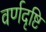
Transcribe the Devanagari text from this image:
वर्णदृष्टि